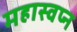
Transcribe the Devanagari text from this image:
महास्‍वप्‍न